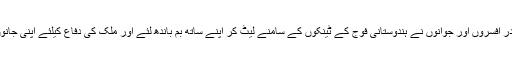
ہمارے فوج کے بہادر افسروں اور جوانوں نے ہندوستانی فوج کے ٹینکوں کے سامنے لیٹ کر اپنے ساتھ بم باندھ لئے اور ملک کی دفاع کیلئے اپنی جانوں کا نذرانہ پیش کیا۔